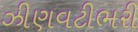
ઝીણવટીભરી